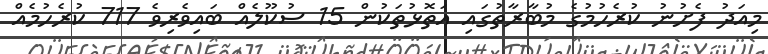
މިއަދު ފެށުނު ކުރެހުމުގެ މުބާރާތުގައި އަތޮޅުތަކުން 15 ސުކޫލެއް ބައިވެރިވެ 717 ކުރެހުމެއް